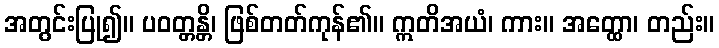
အတွင်းပြု၍။ ပဝတ္တန္တိ၊ ဖြစ်တတ်ကုန်၏။ ဣတိအယံ၊ ကား။ အတ္ထော၊ တည်း။